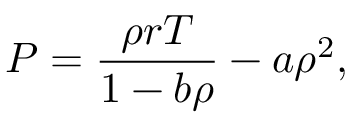
P = \frac { \rho r T } { 1 - b \rho } - a \rho ^ { 2 } ,